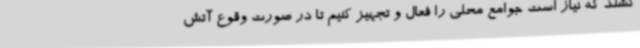
کشند که نیاز است جوامع محلی را فعال و تجهیز کنیم تا در صورت وقوع آتش